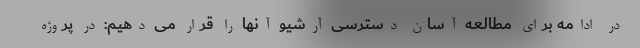
در ادامه برای مطالعه آسان دسترسی آرشیو آنها را قرار می دهیم: در پروژه